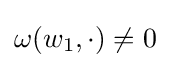
\omega (w_{1},\cdot )\neq 0